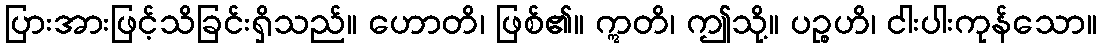
ပြားအားဖြင့်သိခြင်းရှိသည်။ ဟောတိ၊ ဖြစ်၏။ ဣတိ၊ ဤသို့။ ပဉ္စဟိ၊ ငါးပါးကုန်သော။